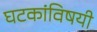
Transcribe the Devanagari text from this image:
घटकांविषयी